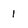
Character: 1